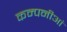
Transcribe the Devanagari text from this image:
कम्पनीआं